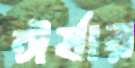
ঈর্ষার